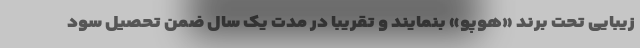
زیبایی تحت برند «هوپو» بنمایند و تقریبا در مدت یک سال ضمن تحصیل سود